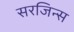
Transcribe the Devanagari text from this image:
सरजिन्स